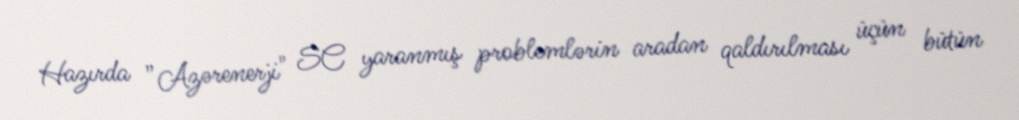
Hazırda ”Azərenerji" SC yaranmış problemlərin aradan qaldırılması üçün bütün